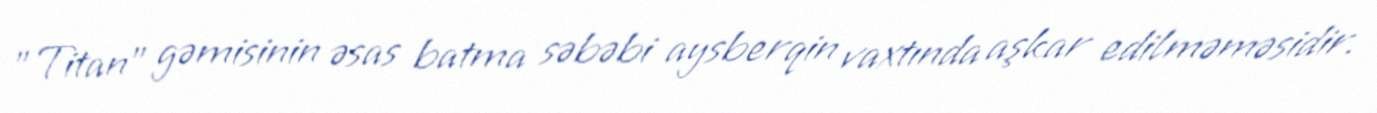
"Titan" gəmisinin əsas batma səbəbi aysberqin vaxtında aşkar edilməməsidir.